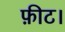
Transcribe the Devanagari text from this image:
फ़ीट।